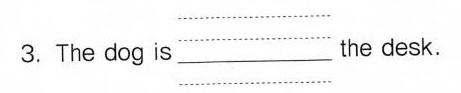
3.The dog is ___ the desk.